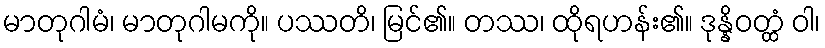
မာတုဂါမံ၊ မာတုဂါမကို။ ပဿတိ၊ မြင်၏။ တဿ၊ ထိုရဟန်း၏။ ဒုန္နိဝတ္ထံ ဝါ၊